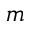
m